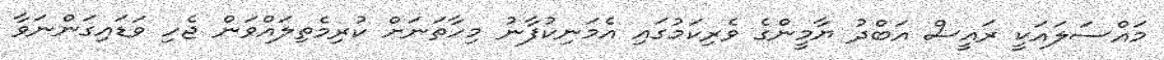
މައްސަލައަކީ ރައީސް އަބްދު ޔާމީންގެ ވެރިކަމުގައި އެމަނިކުފާނު މިހާތަނަށް ކުރިމެތިލައްވަން ޖެހި ވަޑައިގަންނަވާ